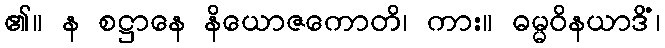
၏။ န စဋ္ဌာနေ နိယောဇကောတိ၊ ကား။ ဓမ္မဝိနယာဒိံ၊